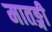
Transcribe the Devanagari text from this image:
मातङ्गी